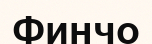
Финчо